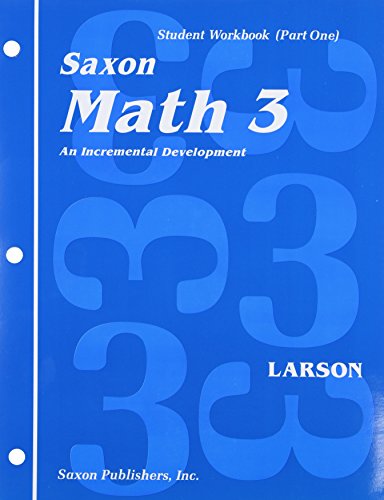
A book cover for Math 3: An Incremental Development Set: Student Workbooks, part one and two plus flashcards (Saxon math, grade 3); SAXON PUBLISHERS; Science & Math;